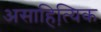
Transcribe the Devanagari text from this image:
असाहित्यि़क